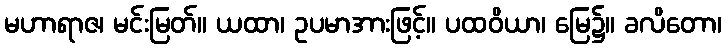
မဟာရာဇ၊ မင်းမြတ်။ ယထာ၊ ဥပမာအားဖြင့်။ ပထဝိယာ၊ မြေ၌။ ခလိတော၊